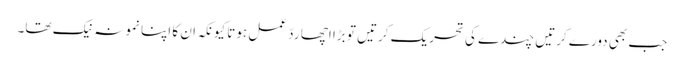
جب بھی دورے کرتیں چندے کی تحریک کرتیں تو بڑا اچھا ردّ عمل ہوتا کیونکہ ان کا اپنا نمونہ نیک تھا۔